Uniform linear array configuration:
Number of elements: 16
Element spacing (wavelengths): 0.25
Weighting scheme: exponential
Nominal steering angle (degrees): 60
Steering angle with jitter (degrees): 59.376
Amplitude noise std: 0.05
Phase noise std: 0.05

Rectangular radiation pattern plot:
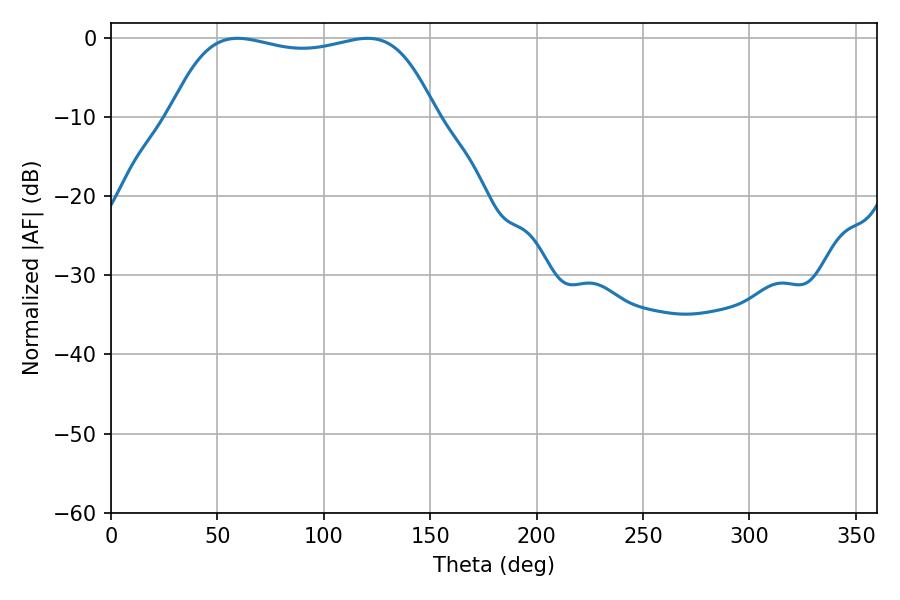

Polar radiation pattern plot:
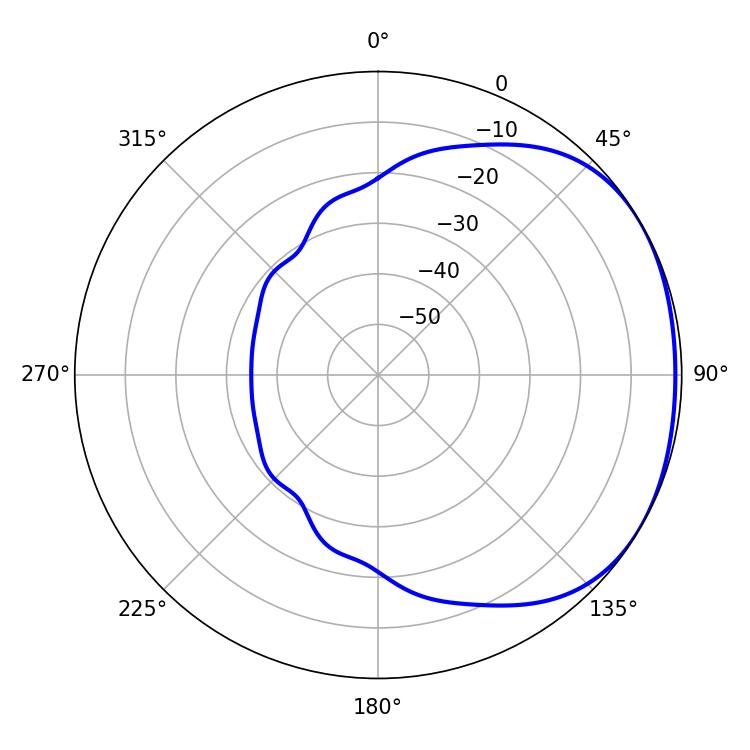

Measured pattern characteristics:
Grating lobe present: FALSE
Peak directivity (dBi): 1.587
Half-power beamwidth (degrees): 99.72
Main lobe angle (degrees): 59.58